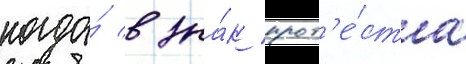
когда́ в зна́к прот'е́ста